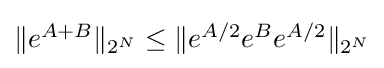
{\textstyle \|e^{A+B}\|_{2^{N}}\leq \|e^{A/2}e^{B}e^{A/2}\|_{2^{N}}}